Insane asylums Bombay 1873-77 - 1873-1877
Year: 1873
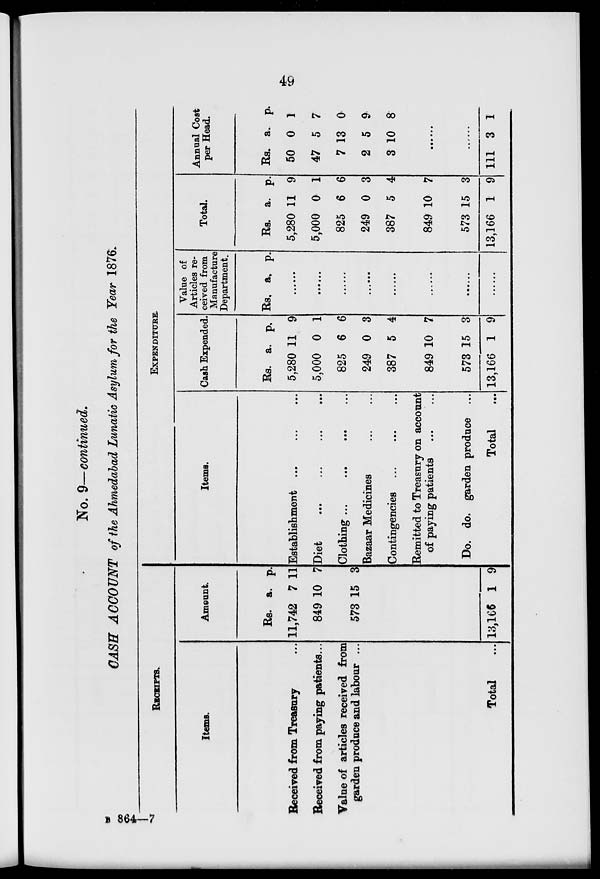
49
No. 9—continued.
CASH ACCOUNT of the Ahmedabad Lunatic Asylum for the Year 1876.
RECEIPTS.
Items.
Received from Treasury ...
Received from paying patients...
Value of articles received from
garden produce and labour ...
Total ...
Amount.
Rs.
11,742
849
573
13,166
a.
7
10
15
1
p.
11
7
3
9
EXPENDITURE.
Items.
Establishment
...
...
...
Diet ... ... ... ...
Clotting
...
...
...
...
Bazaar Medicines ... ...
Contingencies ... ... ...
Remitted to Treasury on account
of paying patients ... ...
Do. do. garden produce ...
Total ...
Cash Expended.
Rs.
5,280
5,000
825
249
387
849
573
13,166
a.
11
0
6
0
5
10
15
1
p.
9
1
6
3
4
7
3
9
Value of
Articles re-
ceived from
Manufacture
Department.
Rs.
a.
p.
......
......
......
......
......
......
......
......
Total.
Rs.
5,280
5,000
825
249
387
849
573
13,166
a.
11
0
6
0
5
10
15
1
p.
9
1
6
3
4
7
3
9
Annual Cost
per Head.
Rs.
50
47
7
2
3
a.
0
5
13
5
10
p.
1
7
0
9
8
......
......
111 3 1
B 864—7